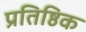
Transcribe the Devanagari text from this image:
प्रतिष्ठिक